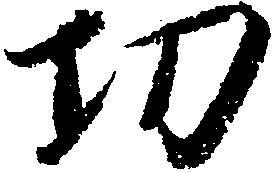
功